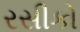
રસીકો